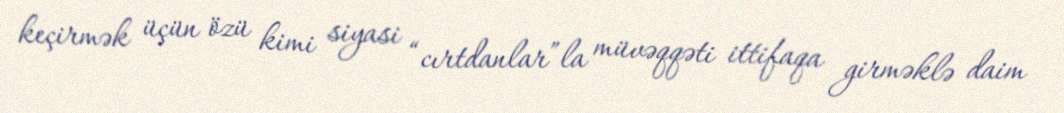
keçirmək üçün özü kimi siyasi “cırtdanlar”la müvəqqəti ittifaqa girməklə daim